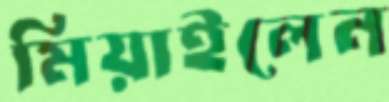
মিয়াইলেন